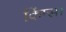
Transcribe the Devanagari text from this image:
किंग्स।